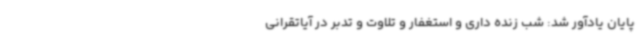
پایان یادآور شد: شب زنده داری و استغفار و تلاوت و تدبر در آیاتقرانی